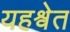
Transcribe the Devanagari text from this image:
यहश्वेत